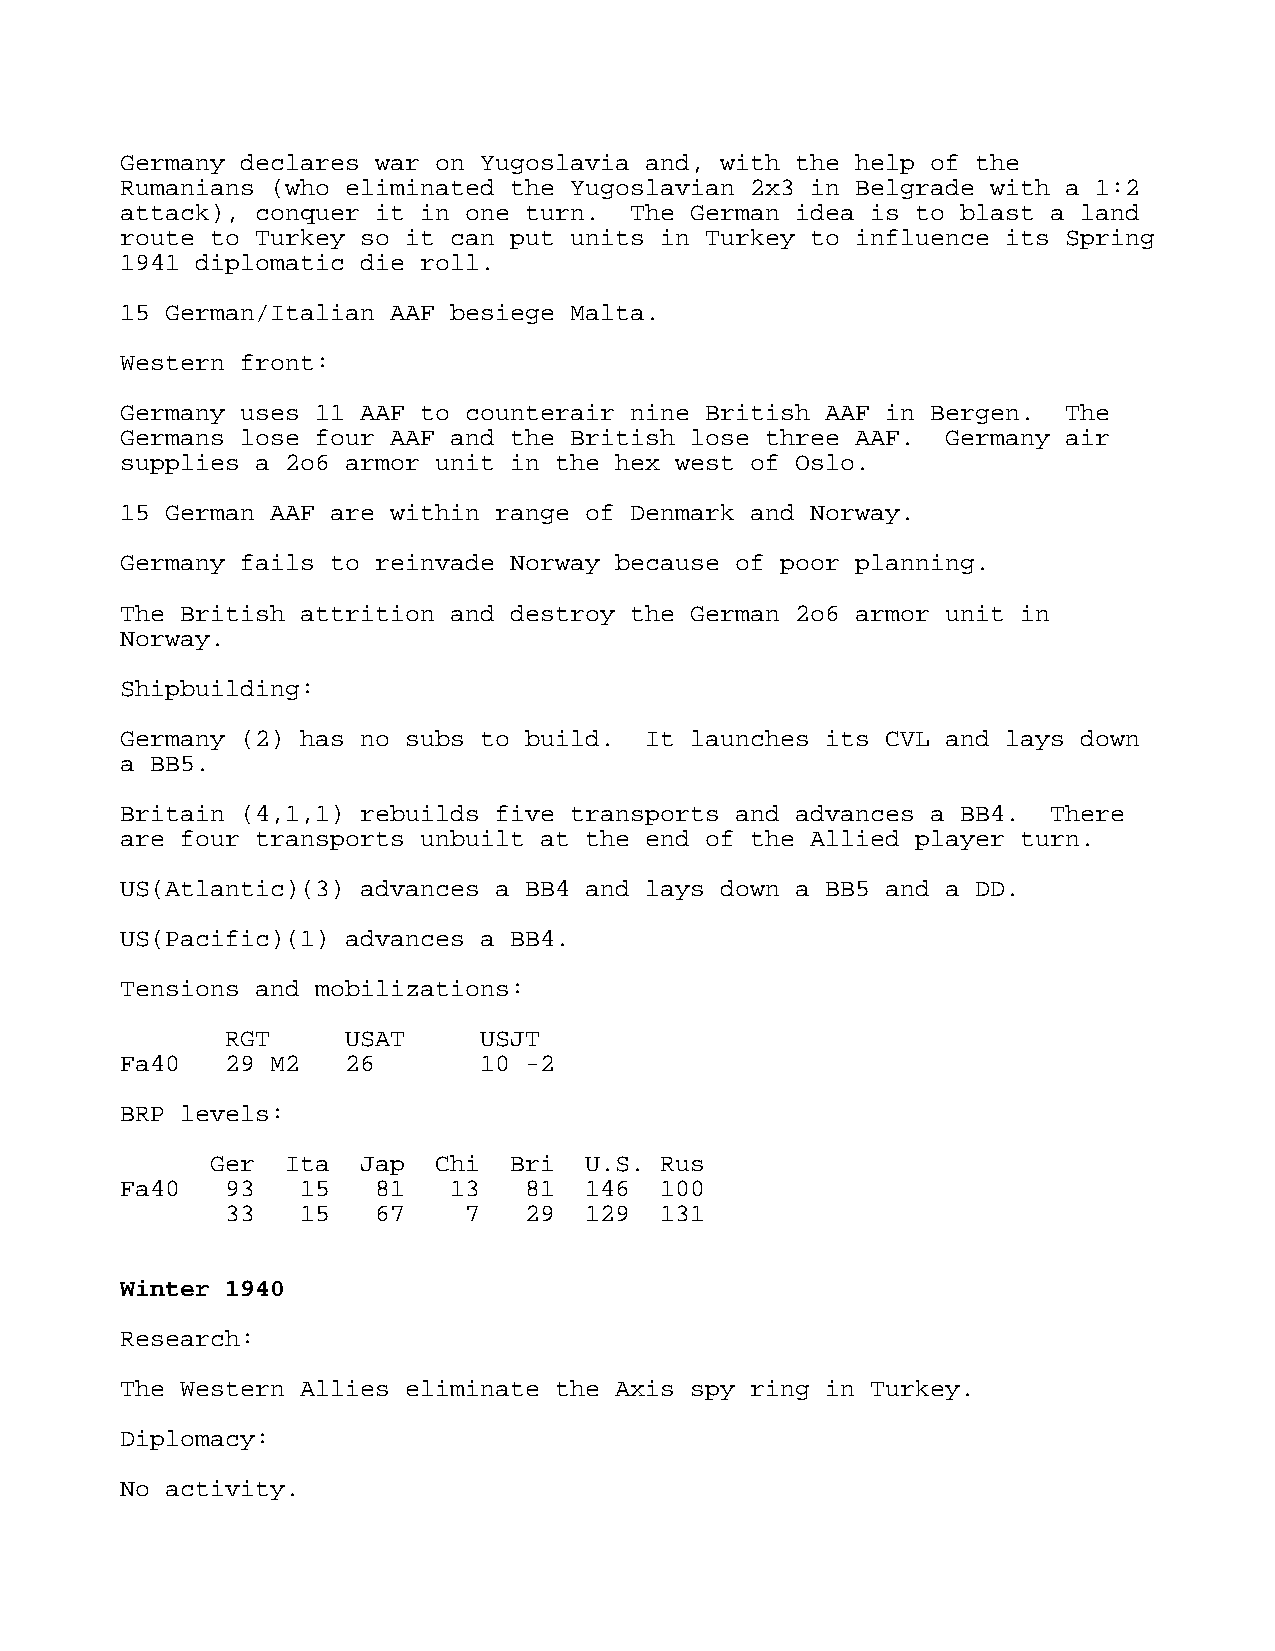
Germany declares war on Yugoslavia and, with the help of the
 Rumanians (who eliminated the Yugoslavian 2x3 in Belgrade with a 1:2
 attack), conquer it in one turn.  The German idea is to blast a land
 route to Turkey so it can put units in Turkey to influence its Spring
 1941 diplomatic die roll.
 15 German/Italian AAF besiege Malta.
 Western front:
 Germany uses 11 AAF to counterair nine British AAF in Bergen.  The
 Germans lose four AAF and the British lose three AAF.  Germany air
 supplies a 2o6 armor unit in the hex west of Oslo.
 15 German AAF are within range of Denmark and Norway.
 Germany fails to reinvade Norway because of poor planning.
 The British attrition and destroy the German 2o6 armor unit in
 Norway.
 Shipbuilding:
 Germany (2) has no subs to build.  It launches its CVL and lays down
 a BB5.
 Britain (4,1,1) rebuilds five transports and advances a BB4.  There
 are four transports unbuilt at the end of the Allied player turn.
 US(Atlantic)(3) advances a BB4 and lays down a BB5 and a DD.
 US(Pacific)(1) advances a BB4.
 Tensions and mobilizations:
 RGT     USAT     USJT
 Fa40   29 M2   26       10 -2
 BRP levels:
 Ger  Ita  Jap  Chi  Bri  U.S. Rus
 Fa40   93   15   81   13   81  146  100
 33   15   67    7   29  129  131
 Winter 1940
 Research:
 The Western Allies eliminate the Axis spy ring in Turkey.
 Diplomacy:
 No activity.